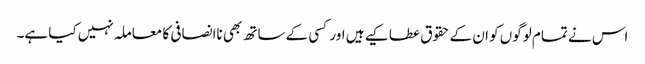
اس نے تمام لوگوں کو ان کے حقوق عطا کیے ہیں اور کسی کے ساتھ بھی ناانصافی کا معاملہ نہیں کیا ہے۔